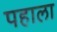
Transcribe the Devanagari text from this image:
पहाला